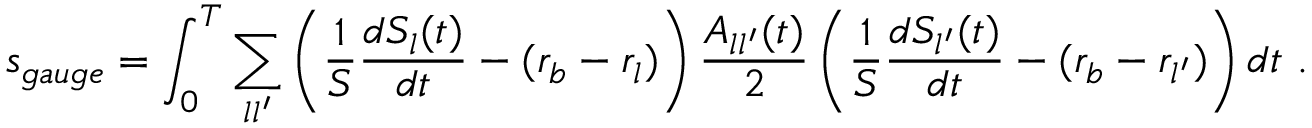
s _ { g a u g e } = \int _ { 0 } ^ { T } \sum _ { l l ^ { \prime } } \left( \frac 1 S \frac { d S _ { l } ( t ) } { d t } - ( r _ { b } - r _ { l } ) \right) \frac { A _ { l l ^ { \prime } } ( t ) } { 2 } \left( \frac 1 S \frac { d S _ { l ^ { \prime } } ( t ) } { d t } - ( r _ { b } - r _ { l ^ { \prime } } ) \right) d t \ .